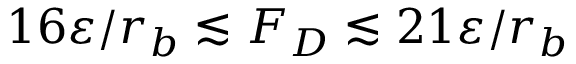
1 6 \varepsilon / r _ { b } \lesssim F _ { D } \lesssim 2 1 \varepsilon / r _ { b }